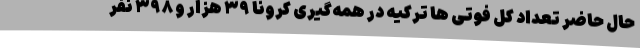
حال حاضر تعداد کل فوتی ها ترکیه در همه‌گیری کرونا ۳۹ هزار و ۳۹۸ نفر